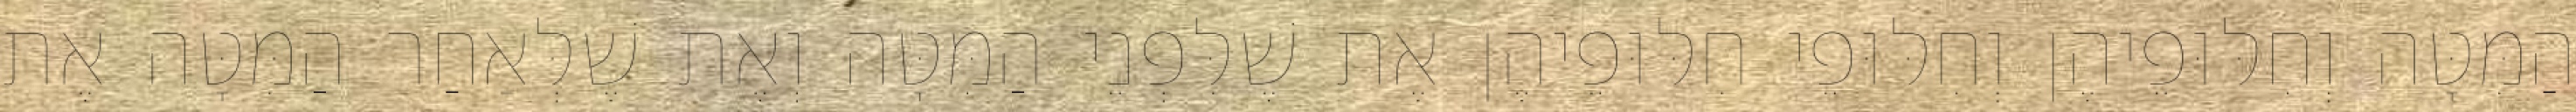
הַמִּטָּה וְחִלּוּפֵיהֶן וְחִלּוּפֵי חִלּוּפֵיהֶן אֶת שֶׁלִּפְנֵי הַמִּטָּה וְאֶת שֶׁלְּאַחַר הַמִּטָּה אֶת